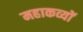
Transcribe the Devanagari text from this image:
महाकव्यों